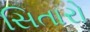
સિતારો